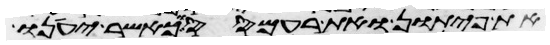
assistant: את פיתון ואת רעמסס וכאשר יענו